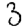
Digit: 3